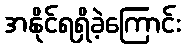
အနိုင်ရရှိခဲ့ကြောင်း